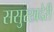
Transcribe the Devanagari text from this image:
ससुरखदेरी